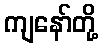
ကျနော်တို့